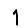
Digit: 1